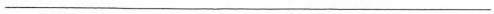
___